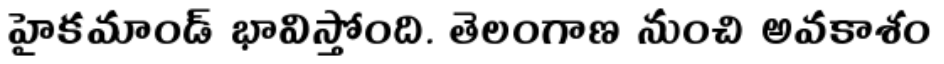
హైకమాండ్ భావిస్తోంది. తెలంగాణ నుంచి అవకాశం